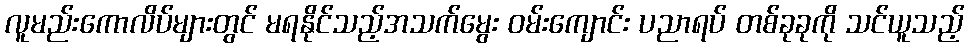
လူမည်းကောလိပ်များတွင် မရနိုင်သည့်အသက်မွေး ဝမ်းကျောင်း ပညာရပ် တစ်ခုခုကို သင်ယူသည့်